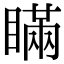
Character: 瞞